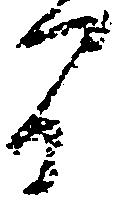
間